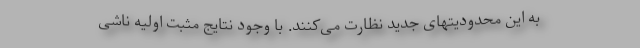
به این محدودیتهای جدید نظارت می‌کنند. با وجود نتایج مثبت اولیه ناشی